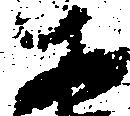
あ